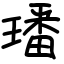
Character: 璠